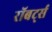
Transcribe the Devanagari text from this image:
रॉबर्ट्‍स